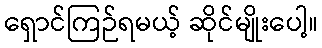
ရှောင်ကြဉ်ရမယ့် ဆိုင်မျိုးပေါ့။